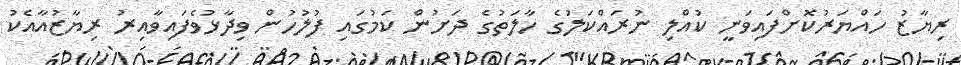
ރިޔާޒު ހައްޔަރުކޮށްފައިވަނީ ކުއްލި ނުރައްކަލުގެ ހާލަތުގެ ދަށުން ކަމުގައި ފުލުހުން ވިދާޅުވެފައިވާއިރު ރިޔާޒުއާއެކު